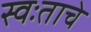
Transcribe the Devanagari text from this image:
स्वःताचे